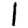
Digit: 1